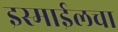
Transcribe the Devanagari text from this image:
इस्माईलचा